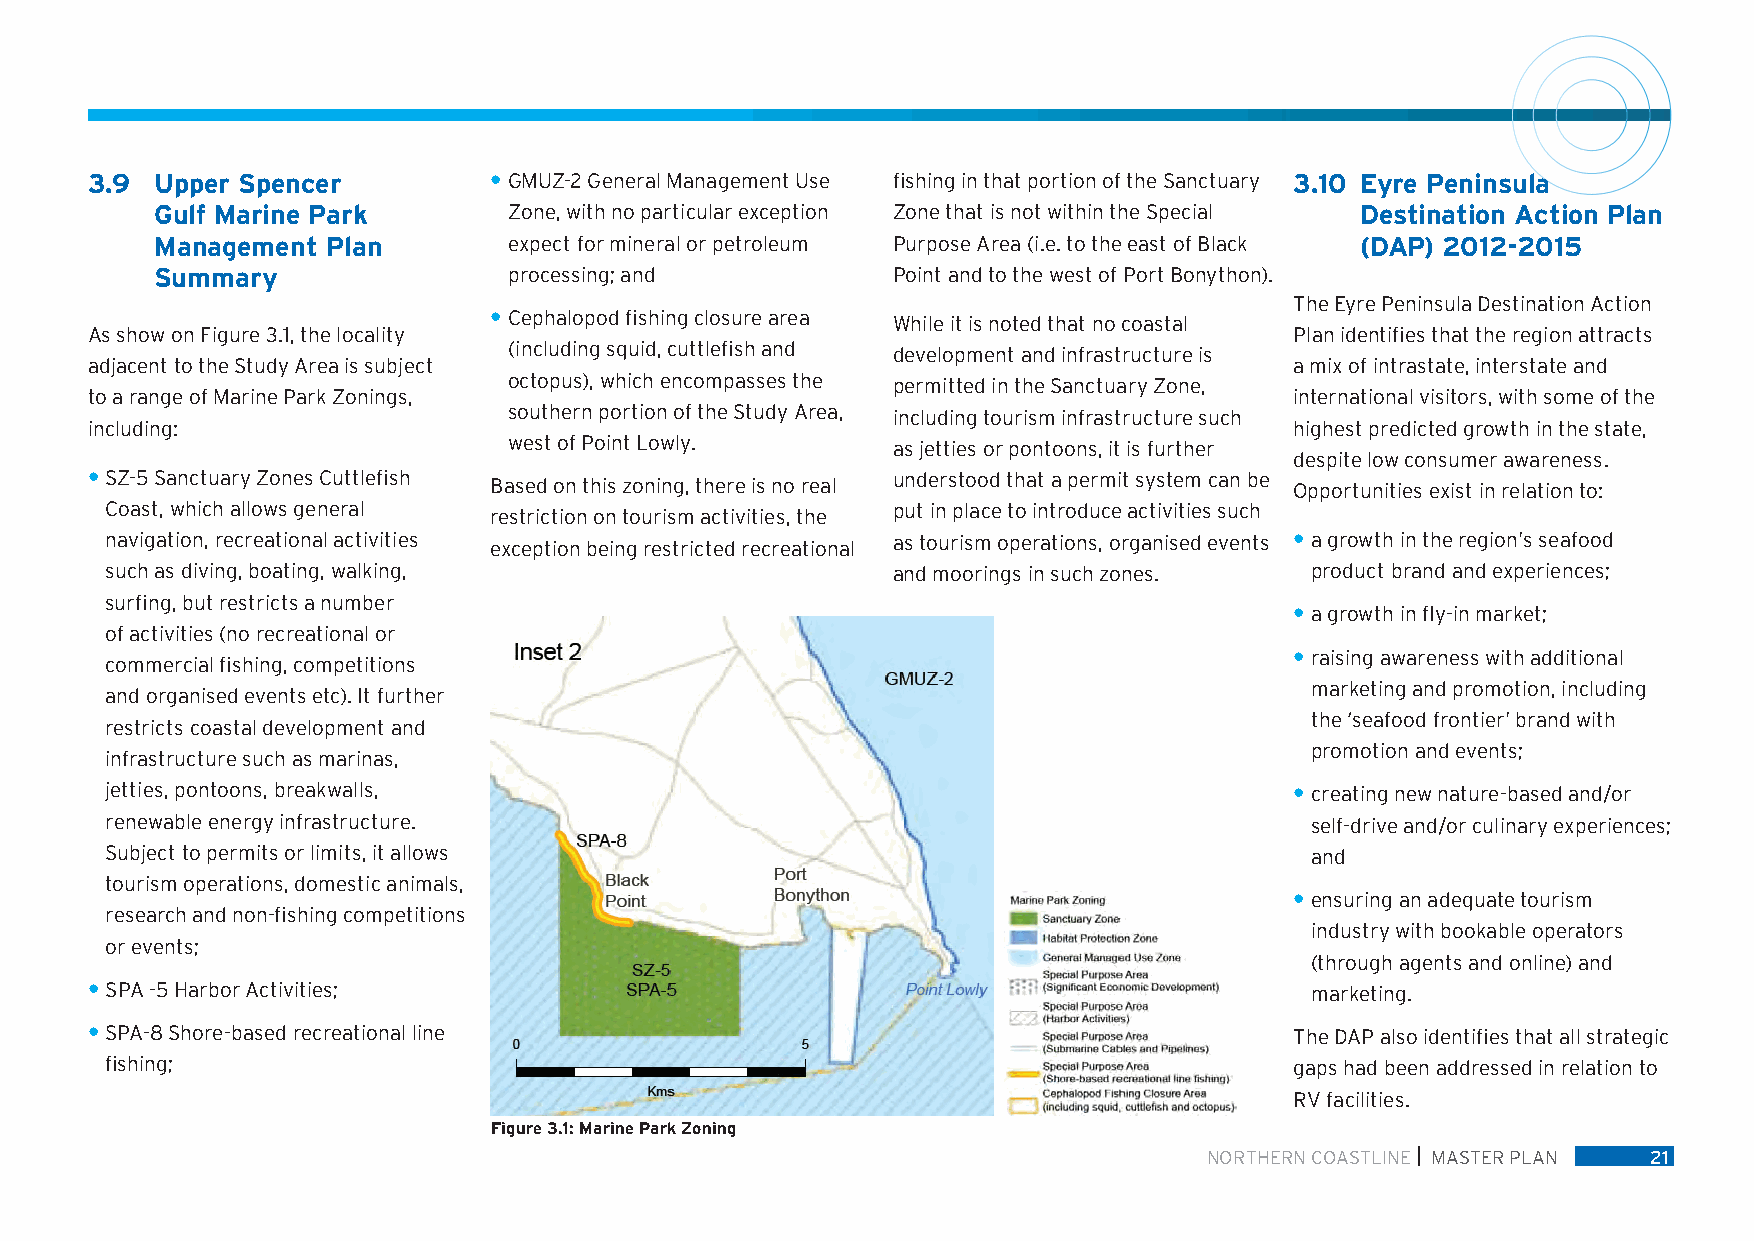
3.9 Upper Spencer         • GMUZ-2 General Management Use fishing in that portion of the Sanctuary 3.10 Eyre Peninsula
 Gulf Marine Park        Zone, with no particular exception Zone that is not within the Special Destination Action Plan
 Management  Plan        expect for mineral or petroleum Purpose Area (i.e. to the east of Black (DAP) 2012-2015
 Summary                 processing; and          Point and to the west of Port Bonython).
 The Eyre Peninsula Destination Action
 • Cephalopod fishing closure area While it is noted that no coastal
 As show on Figure 3.1, the locality                                             Plan identifies that the region attracts
 (including squid, cuttlefish and development and infrastructure is
 adjacent to the Study Area is subject                                           a mix of intrastate, interstate and
 octopus), which encompasses the permitted in the Sanctuary Zone,
 to a range of Marine Park Zonings,                                              international visitors, with some of the
 southern portion of the Study Area, including tourism infrastructure such
 including:                                                                      highest predicted growth in the state,
 west of Point Lowly.     as jetties or pontoons, it is further
 despite low consumer awareness.
 • SZ-5 Sanctuary Zones Cuttlefish Based on this zoning, there is no real understood that a permit system can be Opportunities exist in relation to:
 Coast, which allows general restriction on tourism activities, the put in place to introduce activities such
 navigation, recreational activities exception being restricted recreational as tourism operations, organised events • a growth in the region’s seafood
 such as diving, boating, walking,                   and moorings in such zones. product brand and experiences;
 surfing, but restricts a number
 • a growth in fly-in market;
 of activities (no recreational or
 • raising awareness with additional
 commercial fishing, competitions
 marketing and promotion, including
 and organised events etc). It further
 the ‘seafood frontier’ brand with
 restricts coastal development and
 promotion and events;
 infrastructure such as marinas,
 jetties, pontoons, breakwalls,                                                 • creating new nature-based and/or
 renewable energy infrastructure.                                                self-drive and/or culinary experiences;
 Subject to permits or limits, it allows                                         and
 tourism operations, domestic animals,
 • ensuring an adequate tourism
 research and non-fishing competitions
 industry with bookable operators
 or events;
 (through agents and online) and
 • SPA -5 Harbor Activities;                                                      marketing.
 • SPA-8 Shore-based recreational line                                           The DAP also identifies that all strategic
 fishing;                                                                       gaps had been addressed in relation to
 RV facilities.
 Figure 3.1: Marine Park Zoning
 NORTHERN COASTLINE MASTER PLAN 21